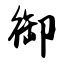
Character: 御